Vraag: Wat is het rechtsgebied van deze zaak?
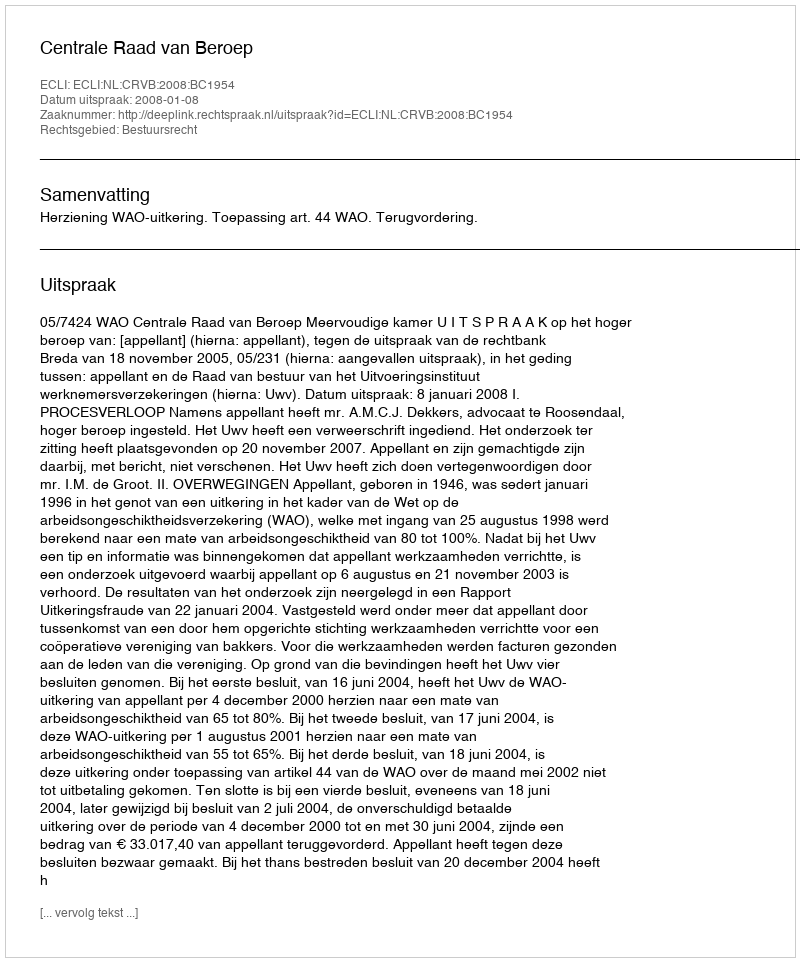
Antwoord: Bestuursrecht